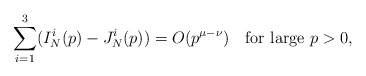
\begin{align*}\sum_{i=1}^3(I_N^i(p)-J_N^i(p))=O(p^{\mu-\nu})\quad\mbox{for large }p>0,\end{align*}